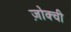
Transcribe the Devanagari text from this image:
ज़ोक्ची